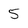
Character: 5